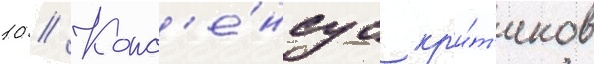
10 // Конс'е́нсус кр'и́т'иков